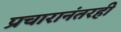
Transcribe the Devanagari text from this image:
प्रचारानंतरही